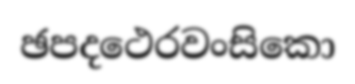
ඡපදථෙරවංසිකො